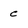
Character: c